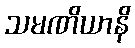
သမဏိယာနိ